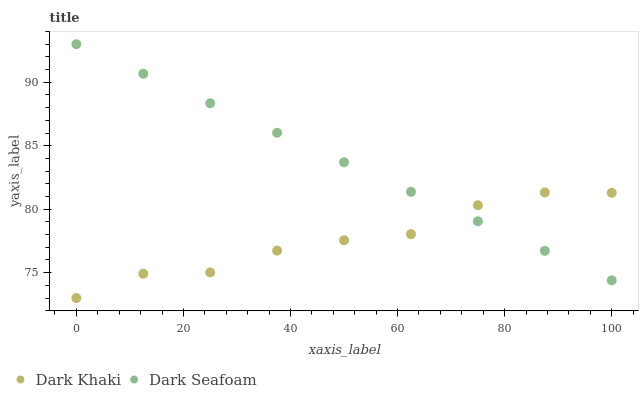
| xaxis_label | Dark Khaki | Dark Seafoam |
 | --- | --- | --- |
 | 0 | 73 | 93 |
 | 12.5 | 74.9 | 90.7 |
 | 25 | 75 | 88.3 |
 | 37.5 | 76.7 | 86 |
 | 50 | 77.6 | 83.7 |
 | 62.5 | 78 | 81.4 |
 | 75 | 80.3 | 79 |
 | 87.5 | 81.3 | 76.7 |
 | 100 | 81.3 | 74.4 |